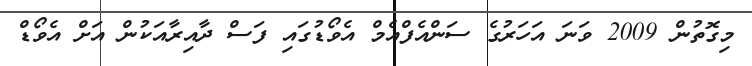
މިގޮތުން 2009 ވަނަ އަހަރުގެ ސަންއެފްއެމް އެވޯޑުގައި ފަސް ދާއިރާއަކުން އަށް އެވޯޑް